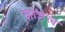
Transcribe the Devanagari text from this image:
ज़ाज़ेल